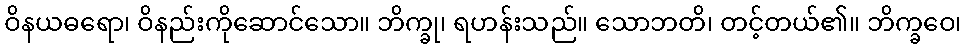
ဝိနယဓရော၊ ဝိနည်းကိုဆောင်သော။ ဘိက္ခု၊ ရဟန်းသည်။ သောဘတိ၊ တင့်တယ်၏။ ဘိက္ခဝေ၊